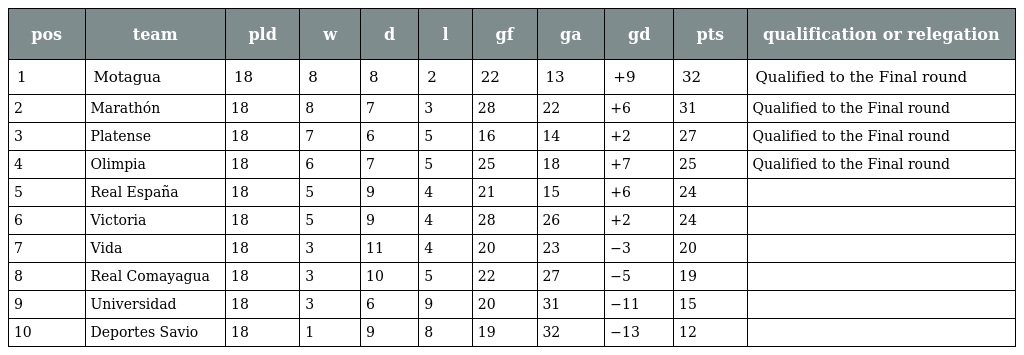
| pos | team | pld | w | d | l | gf | ga | gd | pts | qualification or relegation |
 | --- | --- | --- | --- | --- | --- | --- | --- | --- | --- | --- |
 | 1 | Motagua | 18 | 8 | 8 | 2 | 22 | 13 | +9 | 32 | Qualified to the Final round |
 | 2 | Marathón | 18 | 8 | 7 | 3 | 28 | 22 | +6 | 31 | Qualified to the Final round |
 | 3 | Platense | 18 | 7 | 6 | 5 | 16 | 14 | +2 | 27 | Qualified to the Final round |
 | 4 | Olimpia | 18 | 6 | 7 | 5 | 25 | 18 | +7 | 25 | Qualified to the Final round |
 | 5 | Real España | 18 | 5 | 9 | 4 | 21 | 15 | +6 | 24 |  |
 | 6 | Victoria | 18 | 5 | 9 | 4 | 28 | 26 | +2 | 24 |  |
 | 7 | Vida | 18 | 3 | 11 | 4 | 20 | 23 | −3 | 20 |  |
 | 8 | Real Comayagua | 18 | 3 | 10 | 5 | 22 | 27 | −5 | 19 |  |
 | 9 | Universidad | 18 | 3 | 6 | 9 | 20 | 31 | −11 | 15 |  |
 | 10 | Deportes Savio | 18 | 1 | 9 | 8 | 19 | 32 | −13 | 12 |  |